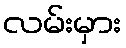
လမ်းမှား